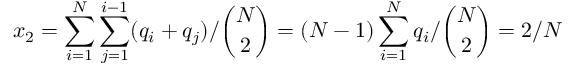
x _ { 2 } = \sum _ { i = 1 } ^ { N } \sum _ { j = 1 } ^ { i - 1 } ( q _ { i } + q _ { j } ) / \binom { N } { 2 } = ( N - 1 ) \sum _ { i = 1 } ^ { N } q _ { i } / \binom { N } { 2 } = 2 / N